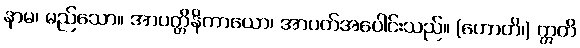
နာမ၊ မည်သော။ အာပတ္တိနိကာယော၊ အာပတ်အပေါင်းသည်။ (ဟောတိ၊) ဣတိ